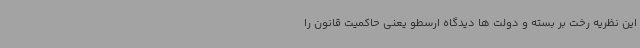
این نظریه رخت بر بسته و دولت ها دیدگاه ارسطو یعنی حاکمیت قانون را